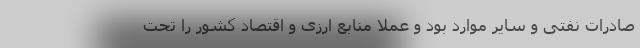
صادرات نفتی و سایر موارد بود و عملا منابع ارزی و اقتصاد کشور را تحت